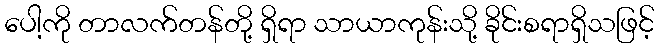
ပေါ့ကို တာလက်တန်တို့ ရှိရာ သာယာကုန်းသို့ ခိုင်းစရာရှိသဖြင့်